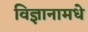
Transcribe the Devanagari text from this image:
विज्ञानामधे